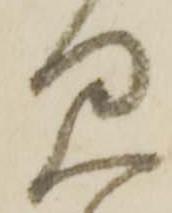
見